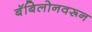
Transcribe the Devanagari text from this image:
बॅबिलोनवरून